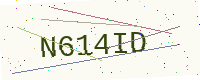
Text: N614ID